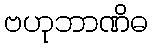
ဗဟုဘာဏိဓ